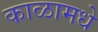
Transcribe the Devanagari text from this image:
काळामधे